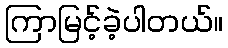
ကြာမြင့်ခဲ့ပါတယ်။